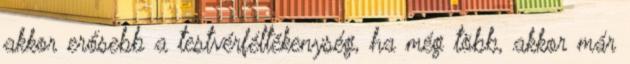
akkor erősebb a testvérféltékenység, ha még több, akkor már